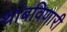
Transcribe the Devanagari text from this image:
थांबविणारी